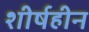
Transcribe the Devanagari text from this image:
शीर्षहीन